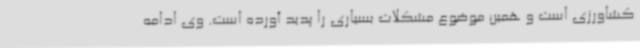
کشاورزی است و همین موضوع مشکلات بسیاری را پدید آورده است‌. وی ادامه